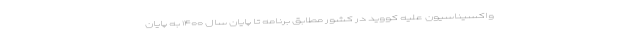
واکسیناسیون علیه کووید در کشور مطابق برنامه تا پایان سال ۱۴۰۰ به پایان